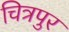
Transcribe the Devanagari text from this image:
चित्रपुर